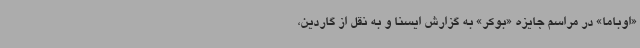
«اوباما» در مراسم جایزه «بوکر» به گزارش ایسنا و به نقل از گاردین،